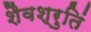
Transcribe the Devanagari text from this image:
शैवश्रुतिं